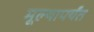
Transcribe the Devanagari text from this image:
मूल्यापर्यंत